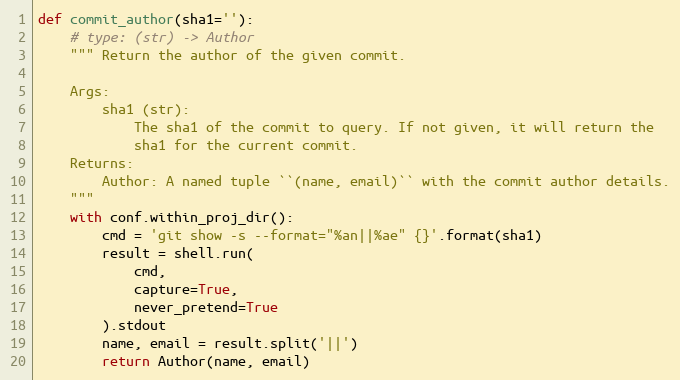
Language: Python
def commit_author(sha1=''):
    # type: (str) -> Author
    """ Return the author of the given commit.

    Args:
        sha1 (str):
            The sha1 of the commit to query. If not given, it will return the
            sha1 for the current commit.
    Returns:
        Author: A named tuple ``(name, email)`` with the commit author details.
    """
    with conf.within_proj_dir():
        cmd = 'git show -s --format="%an||%ae" {}'.format(sha1)
        result = shell.run(
            cmd,
            capture=True,
            never_pretend=True
        ).stdout
        name, email = result.split('||')
        return Author(name, email)